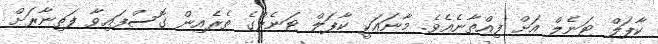
ކާޕަލް ޓަނެލް އަށް ފިއްތާނެއެވެ. މާނައަކީ ކާޕަލް ޓަނެލްގެ ތެރެއިން ގޮސްފައިވާ ފަތިނާރަށް